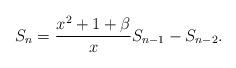
LaTeX: \begin{align*} S_n=\frac{x^2+1+\beta}{x}S_{n-1}-S_{n-2}. \end{align*}